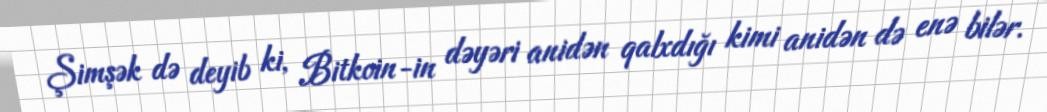
Şimşək də deyib ki, Bitkoin-in dəyəri anidən qalxdığı kimi anidən də enə bilər.